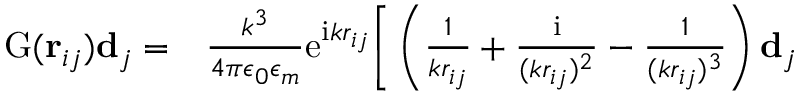
\begin{array} { r l } { \mathrm { G } ( \mathbf { r } _ { i j } ) \mathbf { d } _ { j } = } & { { } \frac { k ^ { 3 } } { 4 \pi \epsilon _ { 0 } \epsilon _ { m } } \mathrm { e } ^ { \mathrm { i } k r _ { i j } } \Bigg [ \left( \frac { 1 } { k r _ { i j } } + \frac { \mathrm { i } } { ( k r _ { i j } ) ^ { 2 } } - \frac { 1 } { ( k r _ { i j } ) ^ { 3 } } \right) \mathbf { d } _ { j } } \end{array}